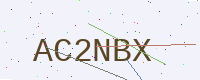
Text: AC2NBX